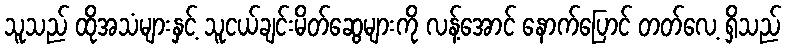
သူသည် ထိုအသံများနှင့် သူငယ်ချင်းမိတ်ဆွေများကို လန့်အောင် နောက်ပြောင် တတ်လေ့ ရှိသည်